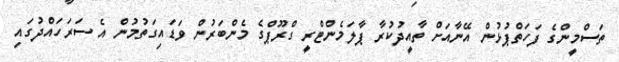
ތަސްމީންގެ ފަހަތްޕުޅުން އޭނާއަށް ތާއީދުކުރާ ޕާލަމެންޓްރީ ގްރޫޕްގެ މެންބަރުން ވަޑައިގަތުމުން އެ ސަރަހައްދުގައި